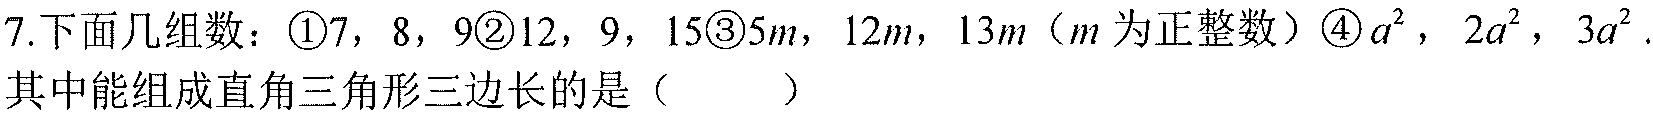
7.下面几组数：\textcircled{1}$7$，$8$，$9$\textcircled{2}$12$，$9$，$15$\textcircled{3}$5m$，$12m$，$13m$（$m$为正整数）\textcircled{4}$a^{2}$，$2a^{2}$，$3a^{2}$.
其中能组成直角三角形三边长的是（  ）